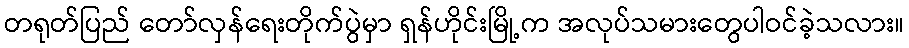
တရုတ်ပြည် တော်လှန်ရေးတိုက်ပွဲမှာ ရှန်ဟိုင်းမြို့က အလုပ်သမားတွေပါဝင်ခဲ့သလား။